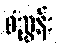
စံညွှန်း